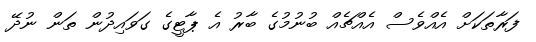
ފަރާތަކަށް އެއްވެސް އެއްޗެއް ބުނުމުގެ ބާރު އެ ޕާޓީގެ ގަވައިދުން ތަން ނުދޭ